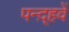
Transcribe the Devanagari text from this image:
पन्द़्हवें